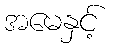
အမေနှင့်